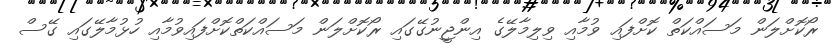
ރޯކޮށްލަން މަސައްކަތް ކޮށްފައި ވުމާއި ވިލިމާލޭގެ އިންޖީނުގޭގައި ރޯކޮށްލަން މަސައްކަތްކޮށްފައިވުމާއި ހުޅުމާލޭގައި ގޭސް